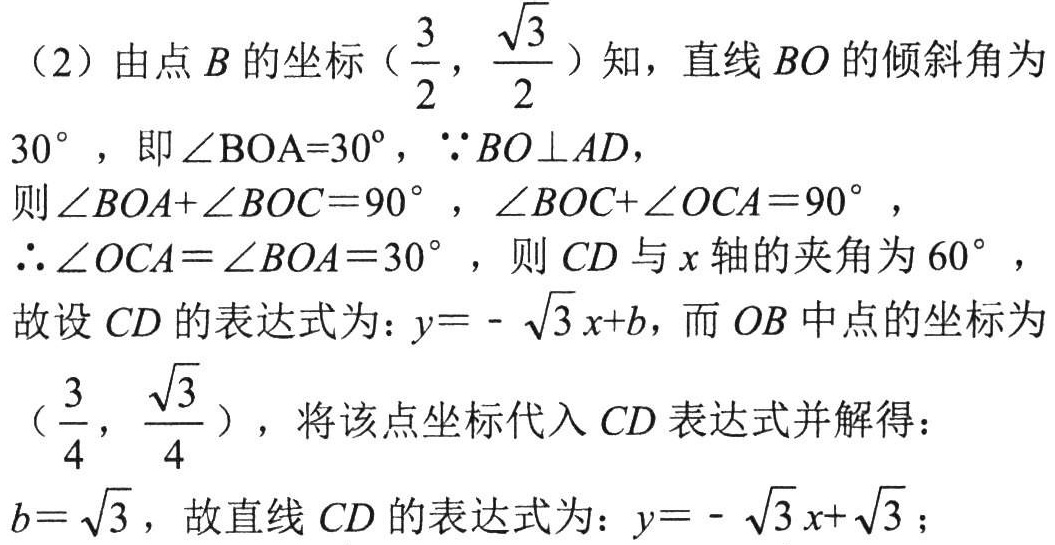
（2）由点\(B\)的坐标\((\dfrac{3}{2},\dfrac{\sqrt{3}}{2})\)知，直线\(BO\)的倾斜角为
\(30^{\circ}\)，即\(\angle BOA = 30^{\circ}\)，\(\because BO\perp AD\)，
则\(\angle BOA+\angle BOC = 90^{\circ}\)，\(\angle BOC+\angle OCA = 90^{\circ}\)，
\(\therefore\angle OCA=\angle BOA = 30^{\circ}\)，则\(CD\)与\(x\)轴的夹角为\(60^{\circ}\)，
故设\(CD\)的表达式为：\(y = -\sqrt{3}x + b\)，而\(OB\)中点的坐标为
\((\dfrac{3}{4},\dfrac{\sqrt{3}}{4})\)，将该点坐标代入\(CD\)表达式并解得：
\(b = \sqrt{3}\)，故直线\(CD\)的表达式为：\(y = -\sqrt{3}x+\sqrt{3}\)；